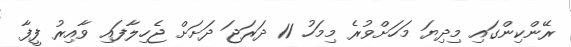
ރޭންކިންގައި މިދިޔަ މަހަށްވުރެ މިމަހު 11 ދަރަޖަ ދަށަށް ޖެހިލާފައި ވާއިރު ފީފާ